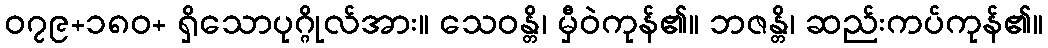
၀၇၉+၁၈၀+ ရှိသောပုဂ္ဂိုလ်အား။ သေဝန္တိ၊ မှီဝဲကုန်၏။ ဘဇန္တိ၊ ဆည်းကပ်ကုန်၏။